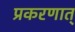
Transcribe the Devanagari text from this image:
प्रकरणात्‌